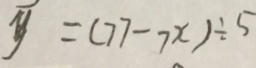
\overline { y } = ( 7 7 - 7 x ) \div 5